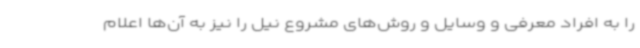
را به افراد معرفی و وسایل و روش‌های مشروع نیل را نیز به آن‌ها اعلام